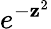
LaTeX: e^{-\mathbf{z}^{2}}